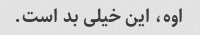
اوه، این خیلی بد است.